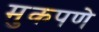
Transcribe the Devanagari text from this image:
मुकपणे